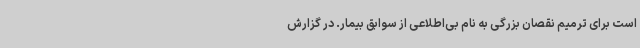
است برای ترمیم نقصان بزرگی به‌ نام بی‌اطلاعی از سوابق بیمار. در گزارش